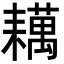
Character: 𬚑